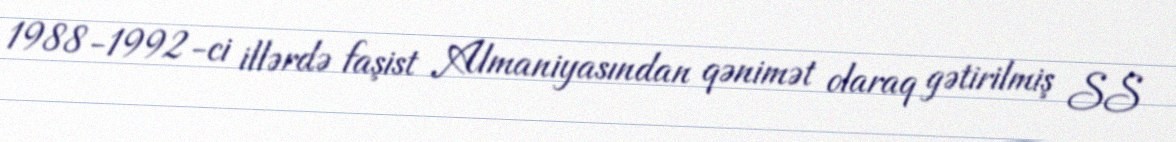
1988-1992-ci illərdə faşist Almaniyasından qənimət olaraq gətirilmiş SS